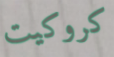
كروكيت